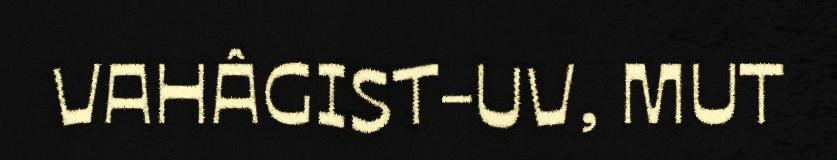
VAHÂGIST-UV, MUT